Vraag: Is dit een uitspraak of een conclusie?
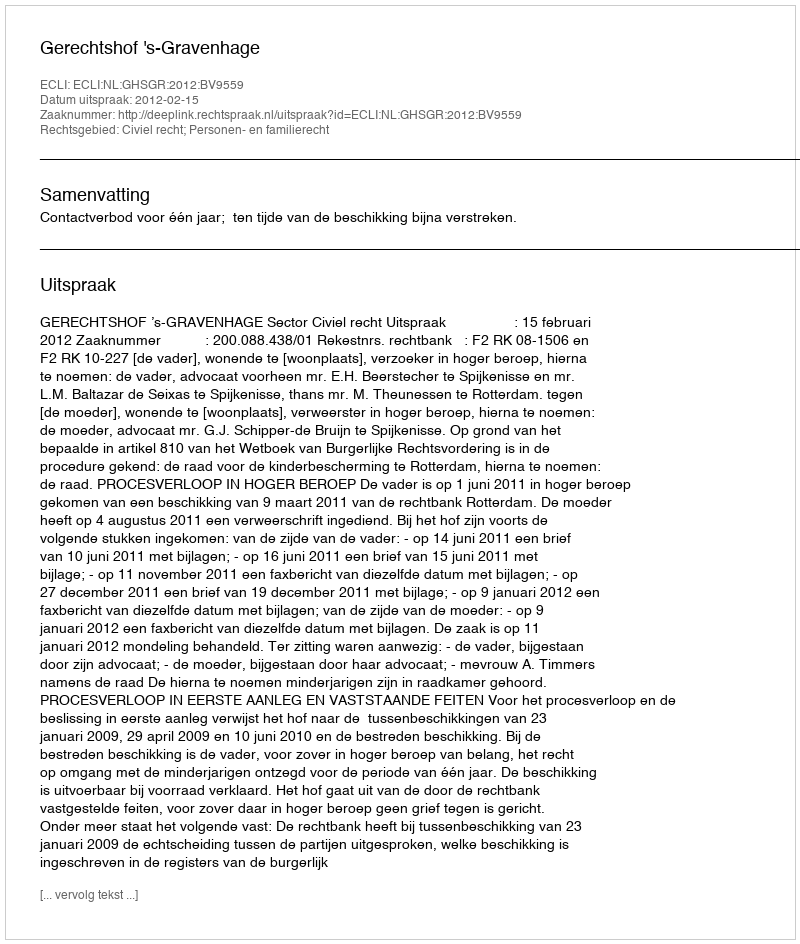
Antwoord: Uitspraak